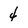
Character: 4